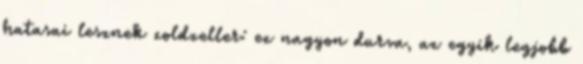
hatasai lesznek zoldzeller: ez nagyon durva, az egyik legjobb